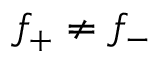
f _ { + } \neq f _ { - }